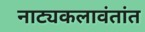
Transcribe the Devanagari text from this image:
नाट्यकलावंतांत